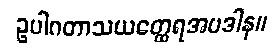
ဥပါဂတာသယတ္ထေရအပဒါန။